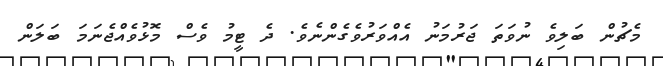
މެޗުން ބަލިވެ ނުވަތަ ޖަރުމަނު އެއްވަރުވެގެންނެވެ. ދެ ޓީމު ވެސް މޮޅުވެއްޖެނަމަ ބަލަން